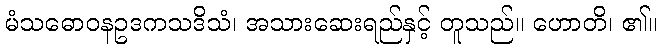
မံသဓောဝနဥဒကသဒိသံ၊ အသားဆေးရည်နှင့် တူသည်။ ဟောတိ၊ ၏။